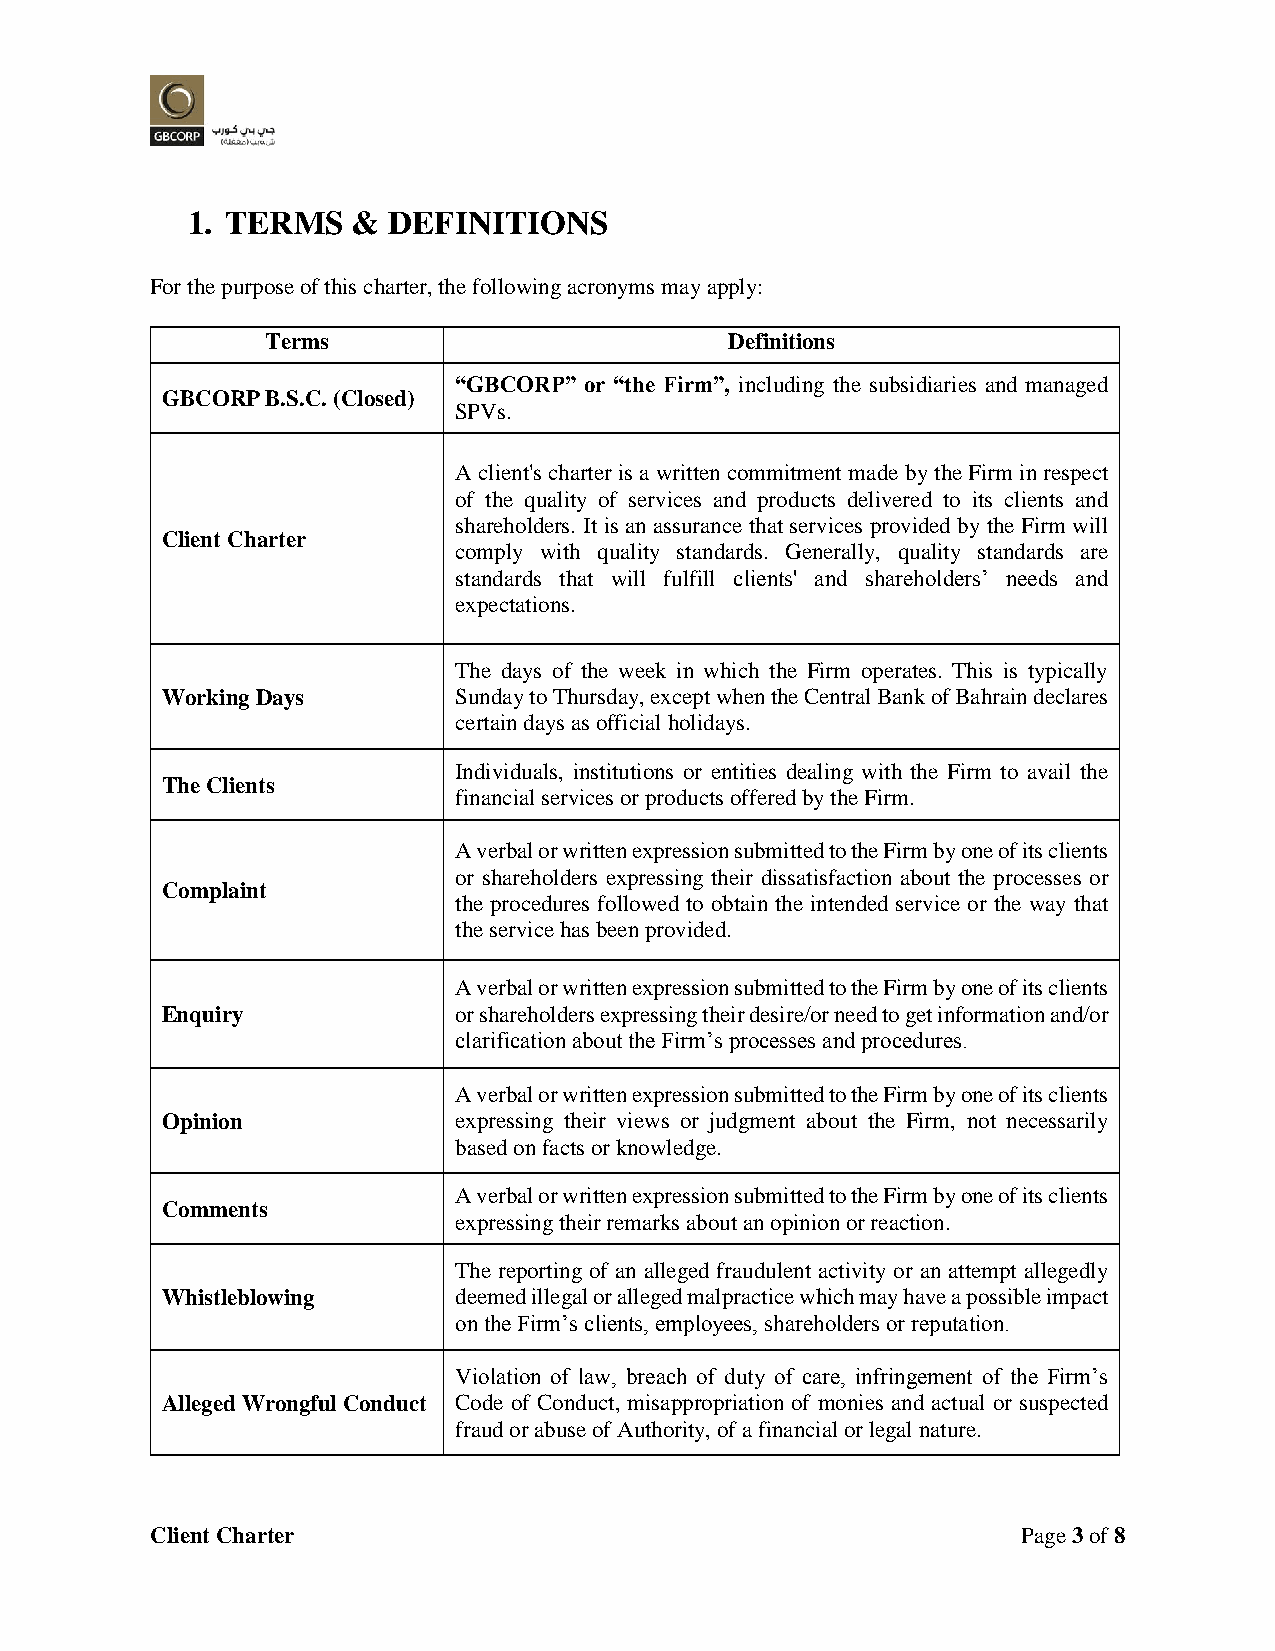
1. TERMS   &  DEFINITIONS
 For the purpose of this charter, the following acronyms may apply:
 Terms                         Definitions
 “GBCORP” or “the Firm”, including the subsidiaries and managed
 GBCORP B.S.C. (Closed)
 SPVs.
 A client's charter is a written commitment made by the Firm in respect
 of the quality of services and products delivered to its clients and
 shareholders. It is an assurance that services provided by the Firm will
 Client Charter
 comply with quality standards. Generally, quality standards are
 standards that will fulfill clients' and shareholders’ needs and
 expectations.
 The days of the week in which the Firm operates. This is typically
 Working Days       Sunday to Thursday, except when the Central Bank of Bahrain declares
 certain days as official holidays.
 Individuals, institutions or entities dealing with the Firm to avail the
 The Clients
 financial services or products offered by the Firm.
 A verbal or written expression submitted to the Firm by one of its clients
 or shareholders expressing their dissatisfaction about the processes or
 Complaint
 the procedures followed to obtain the intended service or the way that
 the service has been provided.
 A verbal or written expression submitted to the Firm by one of its clients
 Enquiry            or shareholders expressing their desire/or need to get information and/or
 clarification about the Firm’s processes and procedures.
 A verbal or written expression submitted to the Firm by one of its clients
 Opinion            expressing their views or judgment about the Firm, not necessarily
 based on facts or knowledge.
 A verbal or written expression submitted to the Firm by one of its clients
 Comments
 expressing their remarks about an opinion or reaction.
 The reporting of an alleged fraudulent activity or an attempt allegedly
 Whistleblowing     deemed illegal or alleged malpractice which may have a possible impact
 on the Firm’s clients, employees, shareholders or reputation.
 Violation of law, breach of duty of care, infringement of the Firm’s
 Alleged Wrongful Conduct Code of Conduct, misappropriation of monies and actual or suspected
 fraud or abuse of Authority, of a financial or legal nature.
 Client Charter                                            Page 3 of 8